Plague in India, 1896, 1897 - Volume 3
Year: 1896
Disease focus: Plague
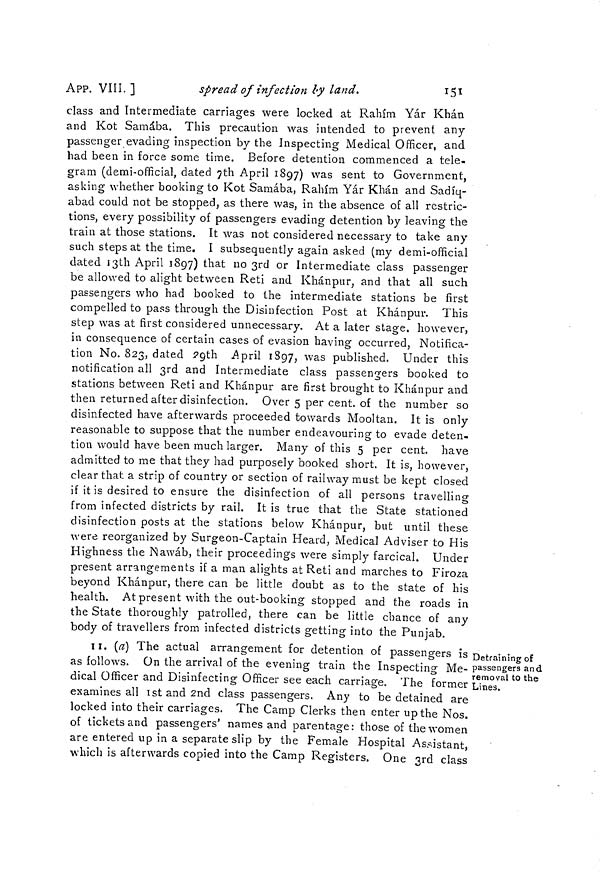
151
APP. VIII. ]
spread of infection by land.
class and Intermediate carriages were locked at Rahím Yár Khan
and Kot Samaba. This precaution was intended to prevent any
passenger evading inspection by the Inspecting Medical Officer, and
had been in force some time. Before detention commenced a tele-
gram (demi-official, dated 7th April 1897) was sent to Government,
asking whether booking to Kot Samaba, Rahím Yár Khan and Sadíq-
abad could not be stopped, as there was, in the absence of all restric-
tions, every possibility of passengers evading detention by leaving the
train at those stations. It was not considered necessary to take any
such steps at the time. I subsequently again asked (my demi-official
dated i3th April 1897) that no 3rd or Intermediate class passenger
be allowed to alight between Reti and Khánpur, and that all such
passengers who had booked to the intermediate stations be first
compelled to pass through the Disinfection Post at Khánpur. This
step was at first considered unnecessary. At a later stage, however,
in consequence of certain cases of evasion having occurred, Notifica-
tion No. 823, dated 9th April 1897, was published. Under this
notification all 3rd and Intermediate class passengers booked to
stations between Reti and Khánpur are first brought to Khánpur and
then returned after disinfection. Over 5 per cent, of the number so
disinfected have afterwards proceeded towards Mooltan. It is only
reasonable to suppose that the number endeavouring to evade deten-
tion would have been much larger. Many of this 5 per cent, have
admitted to me that they had purposely booked short. It is, however,
clear that a strip of country or section of railway must be kept closed
if it is desired to ensure the disinfection of all persons travelling
from infected districts by rail. It is true that the State stationed
disinfection posts at the stations below Khánpur, but until these
were reorganized by Surgeon-Captain Heard, Medical Adviser to His
Highness the Nawáb, their proceedings were simply farcical. Under
present arrangements if a man alights at Reti and marches to Firoza
beyond Khánpur, there can be little doubt as to the state of his
health. At present with the out-booking stopped and the roads in
the State thoroughly patrolled, there can be little chance of any
body of travellers from infected districts getting into the Puniab.
Detraining of
passengers and
removal to the
Lines.
II. (a) The actual arrangement for detention of passengers is •
as follows. On the arrival of the evening train the Inspecting Me-
dical Officer and Disinfecting Officer see each carriage. The former
examines all 1st and 2nd class passengers. Any to be detained are
locked into their carriages. The Camp Clerks then enter up the Nos.
of tickets and passengers' names and parentage: those of the women
are entered up in a separate slip by the Female Hospital Assistant,
which is afterwards copied into the Camp Registers. One 3rd class